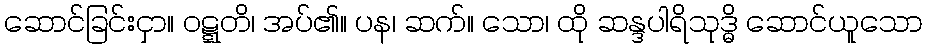
ဆောင်ခြင်းငှာ။ ဝဋ္ဋတိ၊ အပ်၏။ ပန၊ ဆက်။ သော၊ ထို ဆန္ဒပါရိသုဒ္ဓိ ဆောင်ယူသော